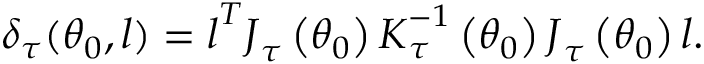
\delta _ { \tau } ( \boldsymbol { \theta } _ { 0 } , \boldsymbol { l } ) = \boldsymbol { l } ^ { T } \boldsymbol { J } _ { \tau } \left( \boldsymbol { \theta } _ { 0 } \right) \boldsymbol { K } _ { \tau } ^ { - 1 } \left( \boldsymbol { \theta } _ { 0 } \right) \boldsymbol { J } _ { \tau } \left( \boldsymbol { \theta } _ { 0 } \right) \boldsymbol { l } .